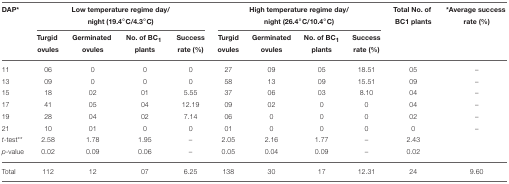
<table><thead><tr><td><b>DAP<sup>*</sup></b></td><td colspan="4"><b>Low temperature regime day/night (19.4°C/4.3°C)</b></td><td colspan="4"><b>High temperature regime day/night (26.4°C/10.4°C)</b></td><td><b>Total No. of BC1 plants</b></td><td><b><sup>*</sup>Average success rate (%)</b></td></tr><tr><td></td><td><b>Turgid ovules</b></td><td><b>Germinated ovules</b></td><td><b>No. of BC<sub>1</sub> plants</b></td><td><b>Success rate (%)</b></td><td><b>Turgid ovules</b></td><td><b>Germinated ovules</b></td><td><b>No. of BC<sub>1</sub> plants</b></td><td><b>Success rate (%)</b></td><td></td><td></td></tr></thead><tbody><tr><td>11</td><td>06</td><td>0</td><td>0</td><td>0</td><td>27</td><td>09</td><td>05</td><td>18.51</td><td>05</td><td>–</td></tr><tr><td>13</td><td>09</td><td>0</td><td>0</td><td>0</td><td>58</td><td>13</td><td>09</td><td>15.51</td><td>09</td><td>–</td></tr><tr><td>15</td><td>18</td><td>02</td><td>01</td><td>5.55</td><td>37</td><td>06</td><td>03</td><td>8.10</td><td>04</td><td>–</td></tr><tr><td>17</td><td>41</td><td>05</td><td>04</td><td>12.19</td><td>09</td><td>02</td><td>0</td><td>0</td><td>04</td><td>–</td></tr><tr><td>19</td><td>28</td><td>04</td><td>02</td><td>7.14</td><td>06</td><td>0</td><td>0</td><td>0</td><td>02</td><td>–</td></tr><tr><td>21</td><td>10</td><td>01</td><td>0</td><td>0</td><td>01</td><td>0</td><td>0</td><td>0</td><td>0</td><td>–</td></tr><tr><td><i>t</i>-test<sup>**</sup></td><td>2.58</td><td>1.78</td><td>1.95</td><td>–</td><td>2.05</td><td>2.16</td><td>1.77</td><td>–</td><td>2.43</td><td></td></tr><tr><td><i>p</i>-value</td><td>0.02</td><td>0.09</td><td>0.06</td><td>–</td><td>0.05</td><td>0.04</td><td>0.09</td><td>–</td><td>0.02</td><td></td></tr><tr><td>Total</td><td>112</td><td>12</td><td>07</td><td>6.25</td><td>138</td><td>30</td><td>17</td><td>12.31</td><td>24</td><td>9.60</td></tr></tbody></table>